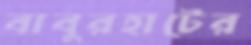
বাবুরহাটের